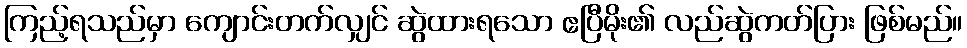
ကြည့်ရသည်မှာ ကျောင်းတက်လျှင် ဆွဲထားရသော ဧပြီမိုး၏ လည်ဆွဲကတ်ပြား ဖြစ်မည်။